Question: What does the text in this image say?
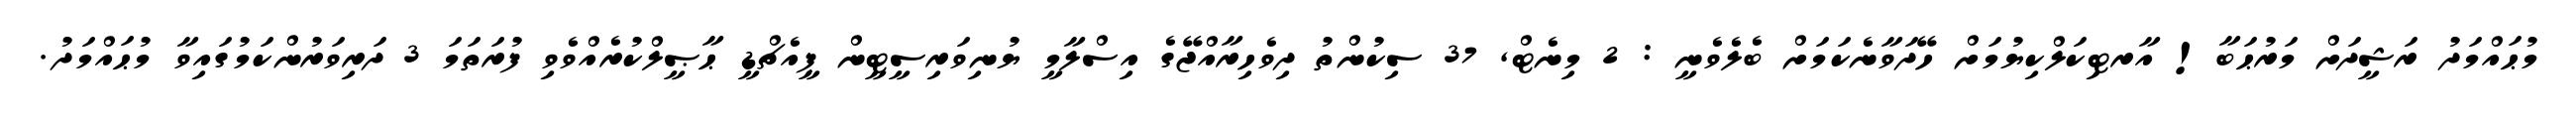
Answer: މުޙައްމަދު ރަޝީދަށް މަރުޙަބާ! އާރޓިކަލްކިޔުމަށް ހޭދަވާނެކަމަށް ބެލެވެނީ : 2 މިނެޓް, 37 ސިކުންތު ދިވެހިރާއްޖޭގެ އިސްލާމީ ޔުނިވަރިސީޓީން ޕީއެޗްޑީ ޙާޞީލްކުރެއްވެވި ފުރަތަމަ 3 ދަރިވަރުންކަމުގައިވާ މުޙައްމަދު.